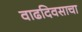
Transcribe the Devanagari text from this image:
वाढदिवसाचा